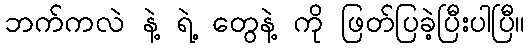
ဘက်ကလဲ နဲ့ ရဲ့ တွေနဲ့ ကို ဖြတ်ပြခဲ့ပြီးပါပြီ။